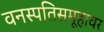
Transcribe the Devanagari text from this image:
वनस्पतिसमूहावर